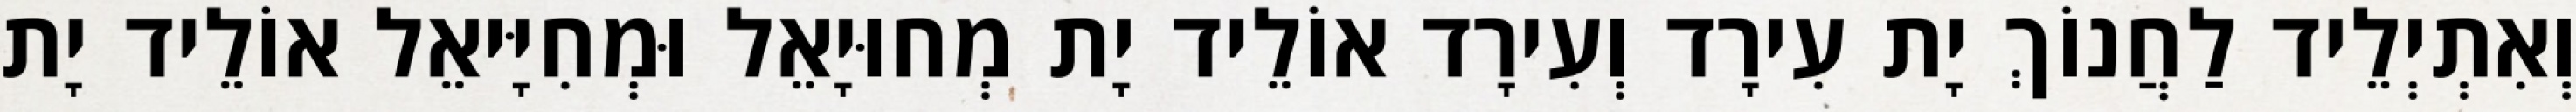
וְאִתְיְלֵיד לַחֲנוֹךְ יָת עִירָד וְעִירָד אוֹלֵיד יָת מְחוּיָאֵל וּמְחִיָּיאֵל אוֹלֵיד יָת